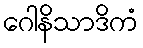
ဂေါနိသာဒိကံ